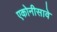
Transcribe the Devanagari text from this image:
एकोनीसावे